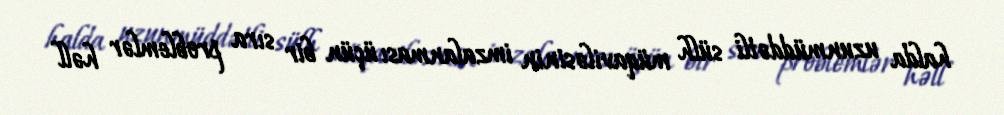
halda uzunmüddətli sülh müqaviləsinin imzalanması üçün bir sıra problemlər həll